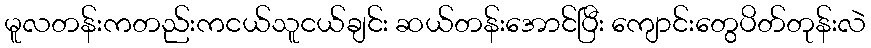
မူလတန်းကတည်းကငယ်သူငယ်ချင်း ဆယ်တန်းအောင်ပြီး ကျောင်းတွေပိတ်တုန်းလဲ